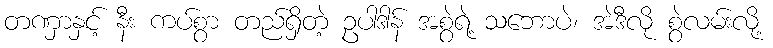
တဏှာနှင့် နီး ကပ်စွာ တည်ရှိတဲ့ ဥပါဒါန် အစွဲရဲ့ သဘောပဲ၊ အဲဒီလို စွဲလမ်းလို့